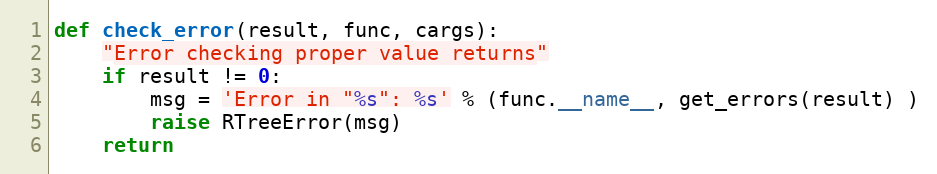
Language: Python
def check_error(result, func, cargs):
    "Error checking proper value returns"
    if result != 0:
        msg = 'Error in "%s": %s' % (func.__name__, get_errors(result) )
        raise RTreeError(msg)
    return